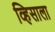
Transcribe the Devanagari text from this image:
व्हिसाला